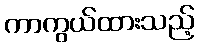
ကာကွယ်ထားသည့်